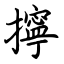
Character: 擰